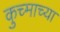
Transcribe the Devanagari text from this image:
कुच्माच्या